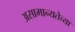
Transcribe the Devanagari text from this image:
असामान्यतेच्या